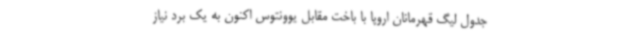
جدول لیگ قهرمانان اروپا با باخت مقابل یوونتوس اکنون به یک برد نیاز